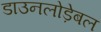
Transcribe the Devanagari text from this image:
डाउनलोड़ेबल